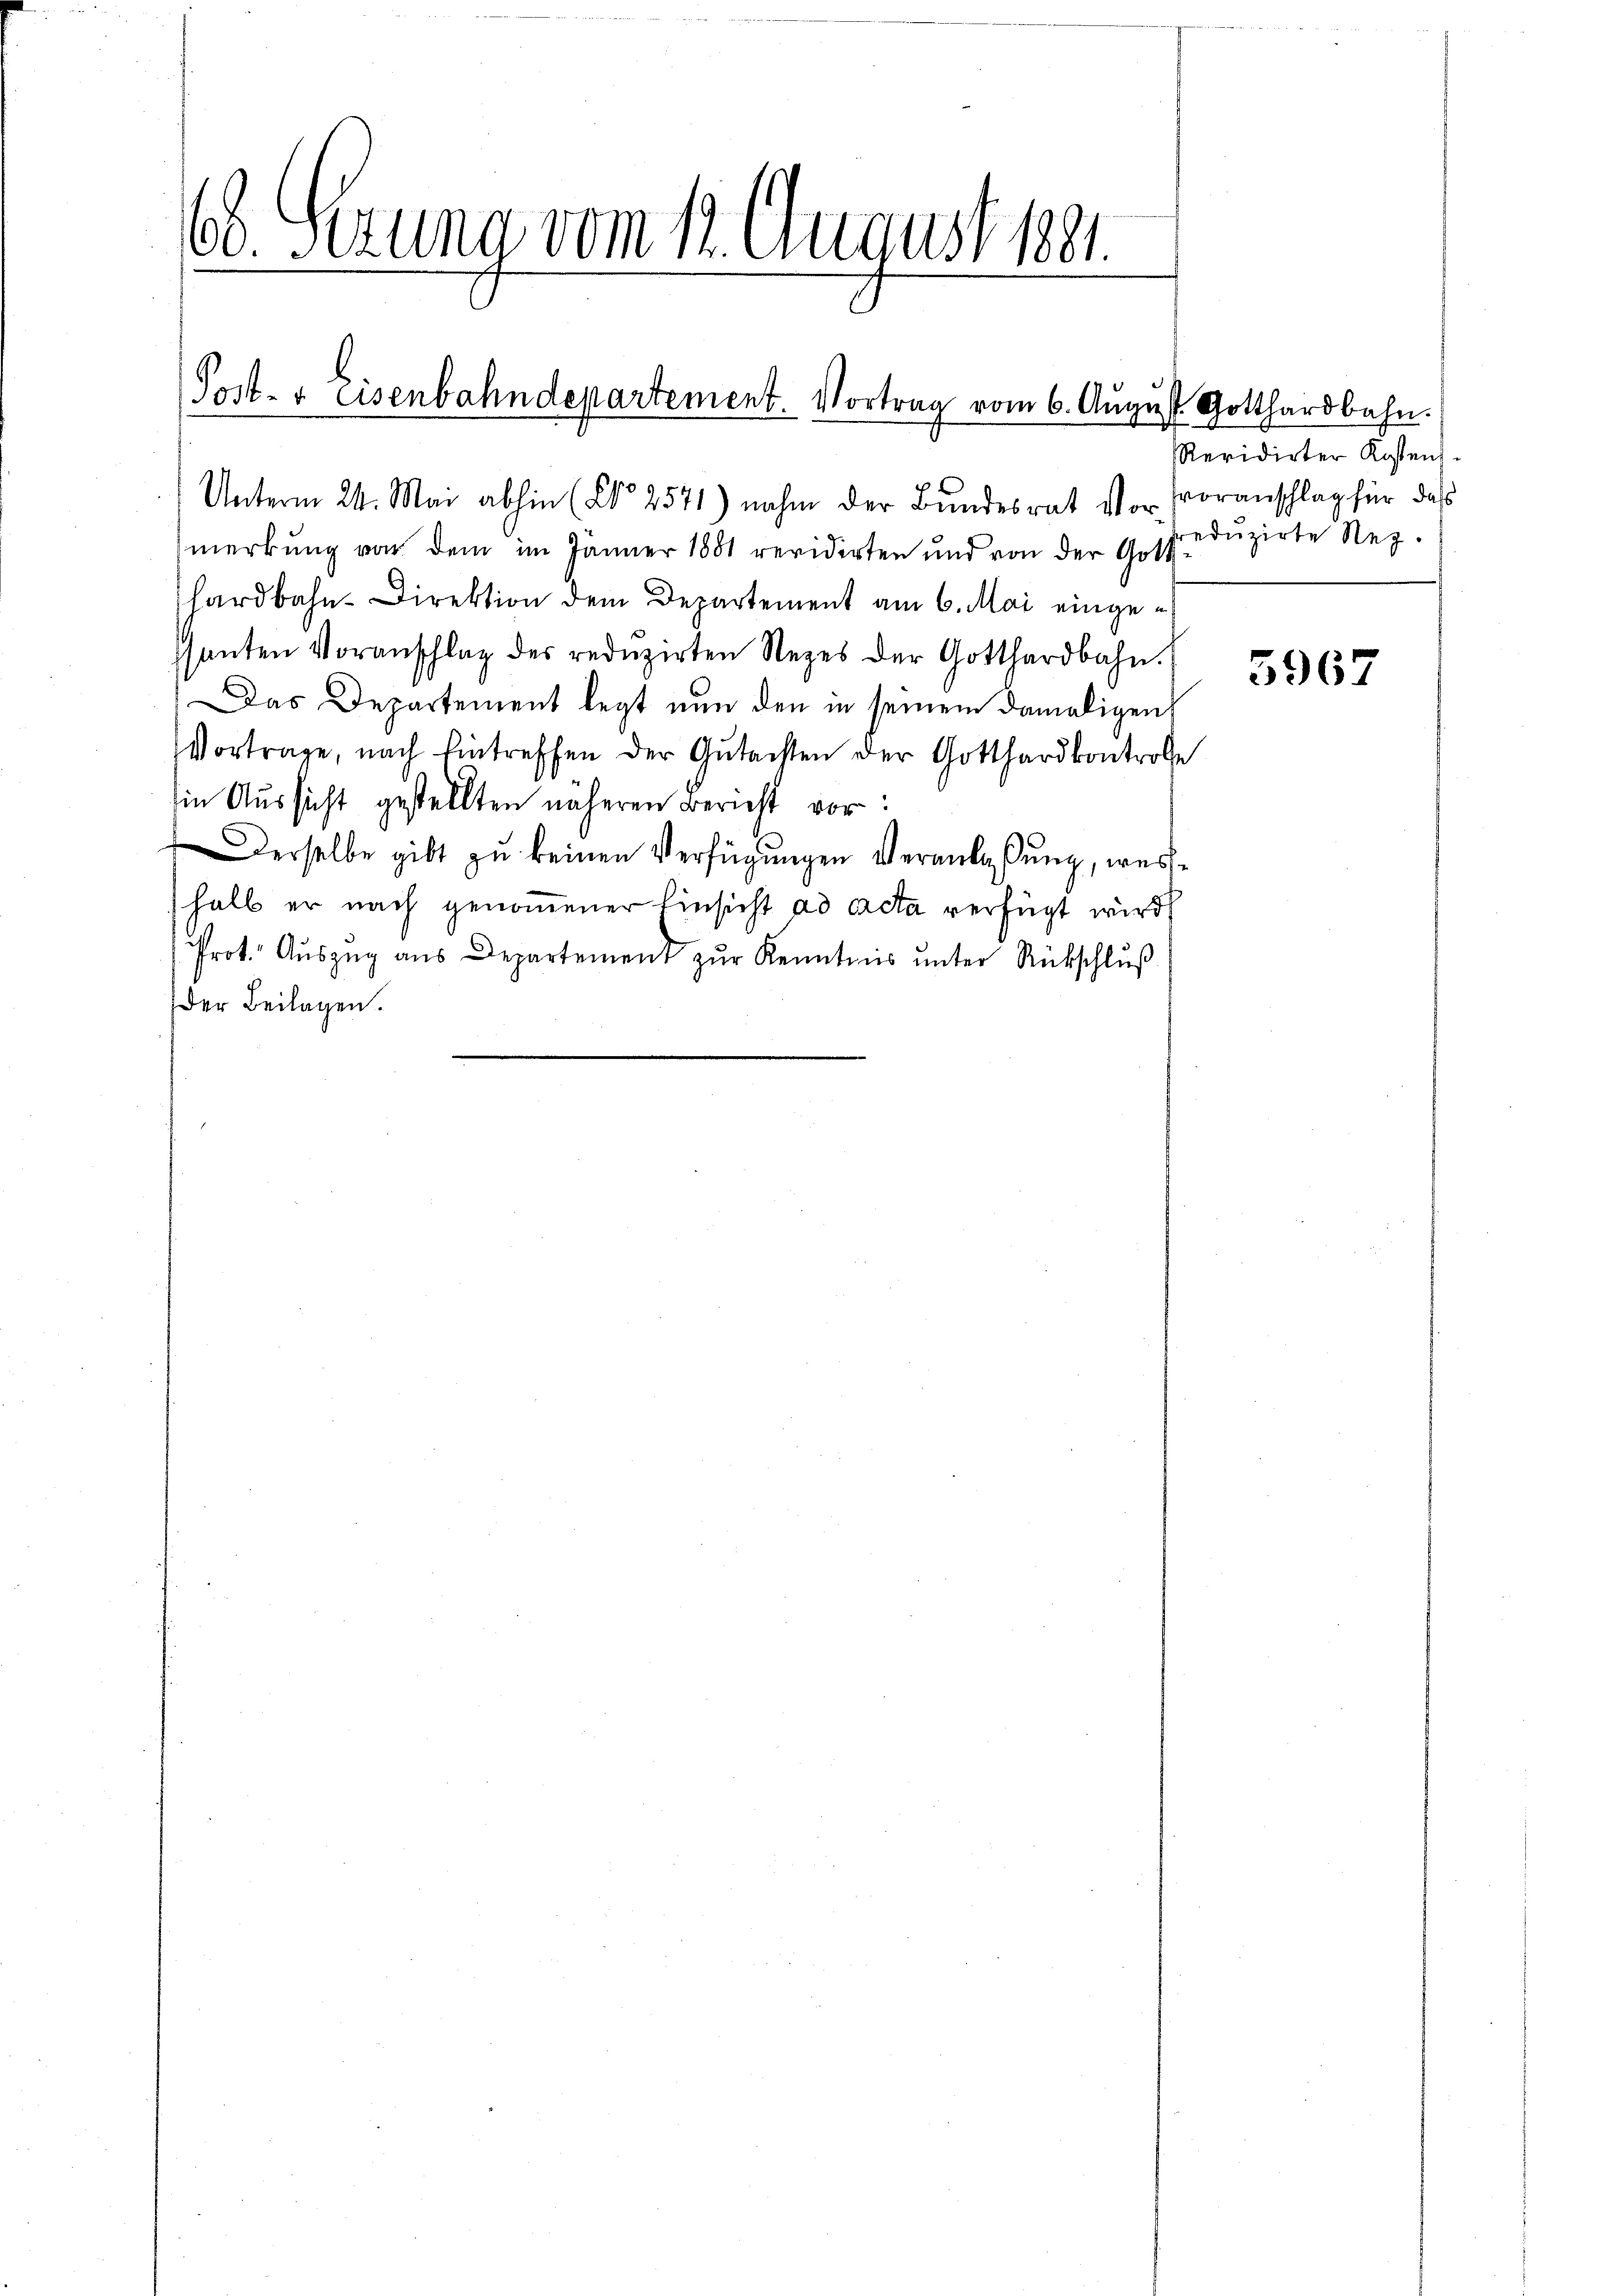
s
60. Sitzung vom 12. August 1881.

Post- & Eisenbahndepartement. Vortrag vom 6. August Gotthardbahn.

Unterm 24. Mai abhin (§§ 2571) nahm der Bundesrat vor Voranschlag für das
merkung von dem im Jänner 1881 revidirten und von der Gott
hardbahn-Direktion dem Departement am 6. Mai eingehanten Voranschlag des redŭzirten Rezes der Gotthardbahn.
Das Departement legt nun den in seinem damaligen
Vortrage, nach Eintreffen der Gutachten der Gotthardkontrole
in Aussicht gestellten näheren Bericht vor:
Derselbe gibt zŭ keinen Verfügŭngen Veranlaßung, weshalb er nach genommener Einsicht ad acta verfügt wird,
Prot. Aŭszŭg ans Departement zŭr Kenntnis ŭnter Rückschlŭβ
Der Beilagen.

Revidirter Kostens
eduzirte Rez.

5967